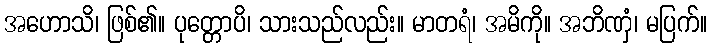
အဟောသိ၊ ဖြစ်၏။ ပုတ္တောပိ၊ သားသည်လည်း။ မာတရံ၊ အမိကို။ အဘိဏှံ၊ မပြက်။